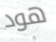
هود